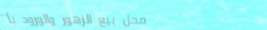
محل بيع الزهور والورود بأ